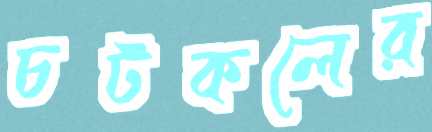
চটকলের